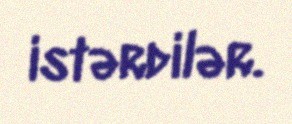
istərdilər.